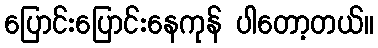
ပြောင်းပြောင်းနေကုန် ပါတော့တယ်။